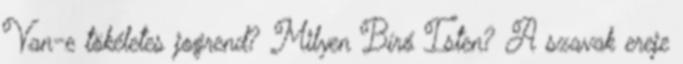
Van-e tökéletes jogrend? Milyen Bíró Isten? A szavak ereje